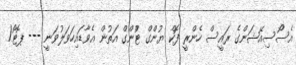
އެސޯސިއޭޝަންގެ ރައީސް ހެންރީ ފޮކް ޔުންގް ޓްުންގް އަތުން އެވާޑައިހަވަލުވަނީ --- ޕޮޓޯ/